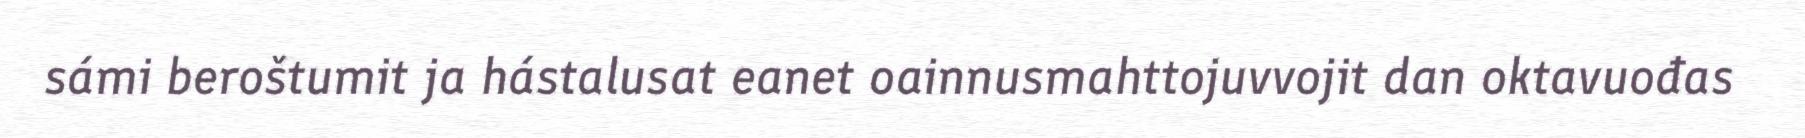
sámi beroštumit ja hástalusat eanet oainnusmahttojuvvojit dan oktavuođas